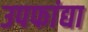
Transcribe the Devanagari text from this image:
उपफांद्या